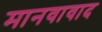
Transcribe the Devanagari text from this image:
मानवावाद